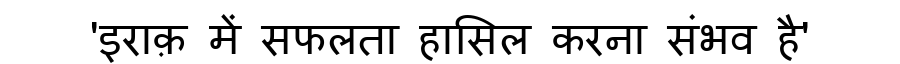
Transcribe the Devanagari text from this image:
'इराक़ में सफलता हासिल करना संभव है'